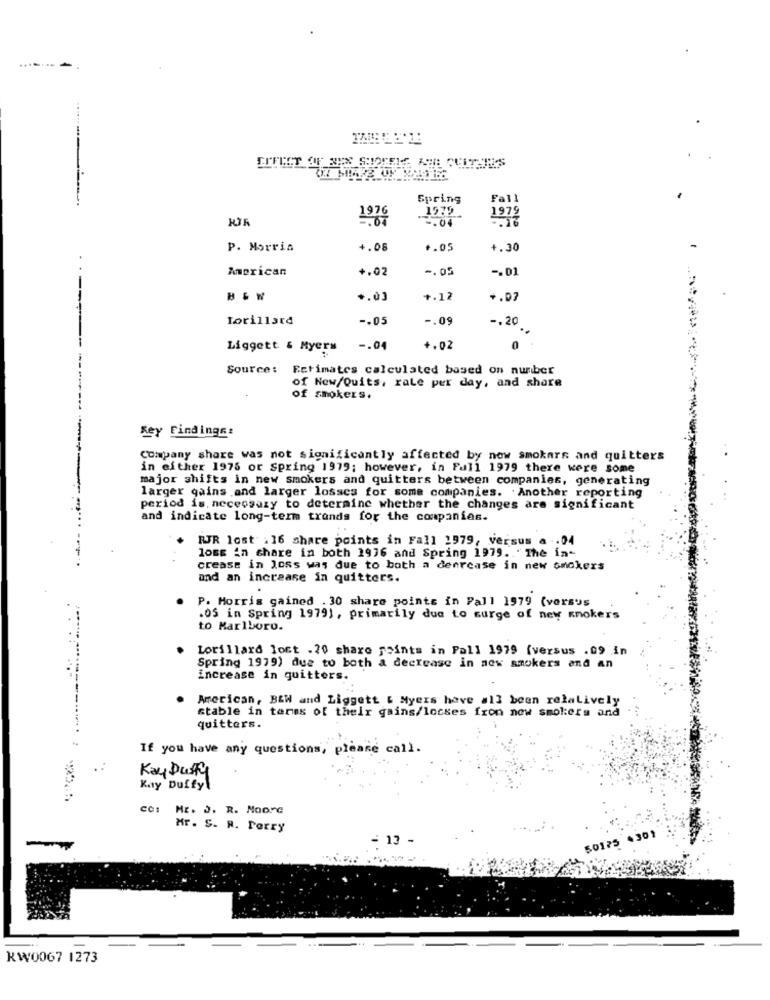
-----
-
Spring
Fall
1976
1979
-. 04
P. Morris
4.08
+.05
+.30
American
+.02
-. 05
-. 01
+.03
+.12
+.07
Lorillard
-. 05
-. 09
-. 20
Liggett & Myers -. 04
+.02
----
Source: Estimates calculated based on number
of New/Quits, rale per day, and share
of smokers.
Key Findings:
Company share was not significantly affected by now smokers and quitters
in either 1975 or Spring 1979; however, in Full 1979 there were some
major shifts in new smokers and quitters between companies, generating
larger gains and larger losses for some companies. Another reporting
period is. necessary to determine whether the changes are significant
and indicate long-term trands for the companies.
RJR lost .16 share points in Fall 1979, versus a . 04
loss in share in both 1976 and Spring 1979 .. " The in-
crease in loss was due to both a denrease in new smokers
and an increase in quitters.
P. Morris gained . 30 share points in Pall 1979 (versus
.05 in Spring 1979), primarily due to surge of new Knokers
to Marlboro.
Lorillard lost .20 share points in Pall 1979 (versus .09 in
Spring 1979) due to both a decrease in now smokers and an
increase in quitters.
American, B&W and Liggett & Myers have all been relatively
stable in terms of their gains/locses fron now smokers and
quitters.
If you have any questions, please call.
Kay Dusty
Kay Duffyl
ME. J. R. Moore
Mr. S. A. Perry
3 -
0175
. 301
KW0067 1273